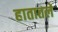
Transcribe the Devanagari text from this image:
हातातले